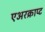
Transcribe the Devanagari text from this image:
एअरक्राप्ट